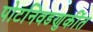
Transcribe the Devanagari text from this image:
पोटनिवडणुकींत